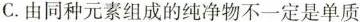
C.由同种元素组成的纯净物不一定是单质